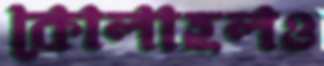
কোলাহলও